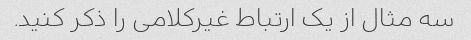
سه مثال از یک ارتباط غیرکلامی را ذکر کنید.